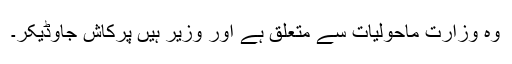
وہ وزارت ماحولیات سے متعلق ہے اور وزیر ہیں پرکاش جاوڈیکر۔